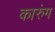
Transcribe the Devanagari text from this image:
कारुंग